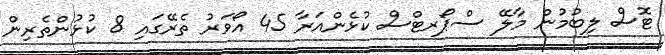
ޓޮސް ލިބުމުން މާލޭ ސްޕޯރޓްސް ކުޅެންއަރާ 45 އޯވަރު ތެރޭގައި 8 ކުޅުންތެރިން